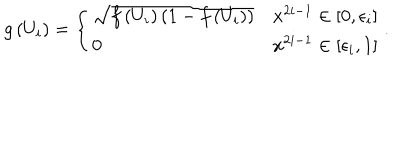
g \left( U _ { i } \right) = \left\{ \begin{array} { l l } { { \sqrt { f \left( U _ { i } \right) \left( 1 - f \left( U _ { i } \right) \right) } } } & { { x ^ { 2 i - 1 } \in \left[ 0 , \epsilon _ { i } \right] } } \\ { { 0 } } & { { x ^ { 2 i - 1 } \in \left[ \epsilon _ { i } , 1 \right] } } \\ \end{array} \right. .